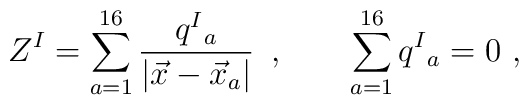
Z^I   =  \sum _{a= 1}^{16} {q^I{}_a \over |\vec x - \vec x_a| }\, \ , \qquad\sum _{a= 1}^{16} q^I{}_a=0 \ ,